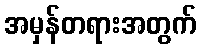
အမှန်တရားအတွက်